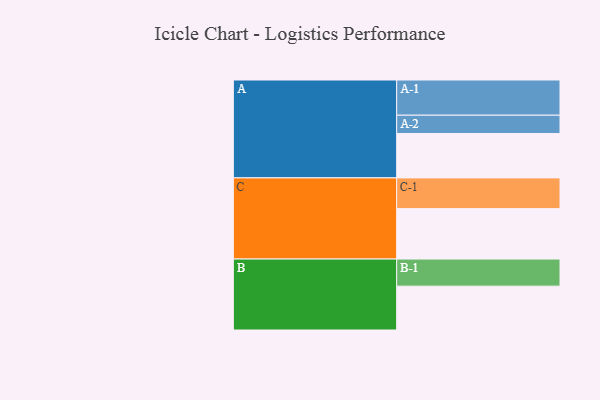
{"axis": {"x": "Segment", "y": "Value"}, "legend": ["", "A", "B", "C"], "data": [{"x": "A", "y": 318, "type": ""}, {"x": "B", "y": 314, "type": ""}, {"x": "C", "y": 361, "type": ""}, {"x": "A-1", "y": 252, "type": "A"}, {"x": "A-2", "y": 131, "type": "A"}, {"x": "B-1", "y": 194, "type": "B"}, {"x": "C-1", "y": 220, "type": "C"}]}